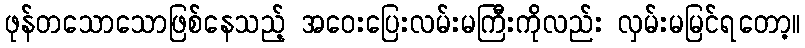
ဖုန်တသောသောဖြစ်နေသည့် အဝေးပြေးလမ်းမကြီးကိုလည်း လှမ်းမမြင်ရတော့။